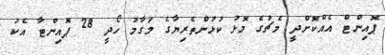
ޕޮއިންޓް އެއްކޮށްދީ މެޗުގެ މޮޅު ކުޅުންތެރިޔާގެ މަގާމު ހޯދީ 28 ޕޮއިންޓާ އެކު